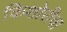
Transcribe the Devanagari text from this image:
किशोरीचा